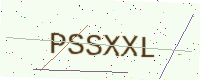
Text: PSSXXL